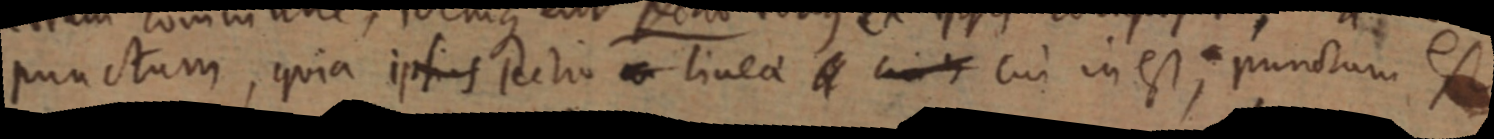
punctum, quia ipsius Ratio _ linea _ _ cui in est; punctum est